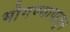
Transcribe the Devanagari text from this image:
भोगण्यापासून